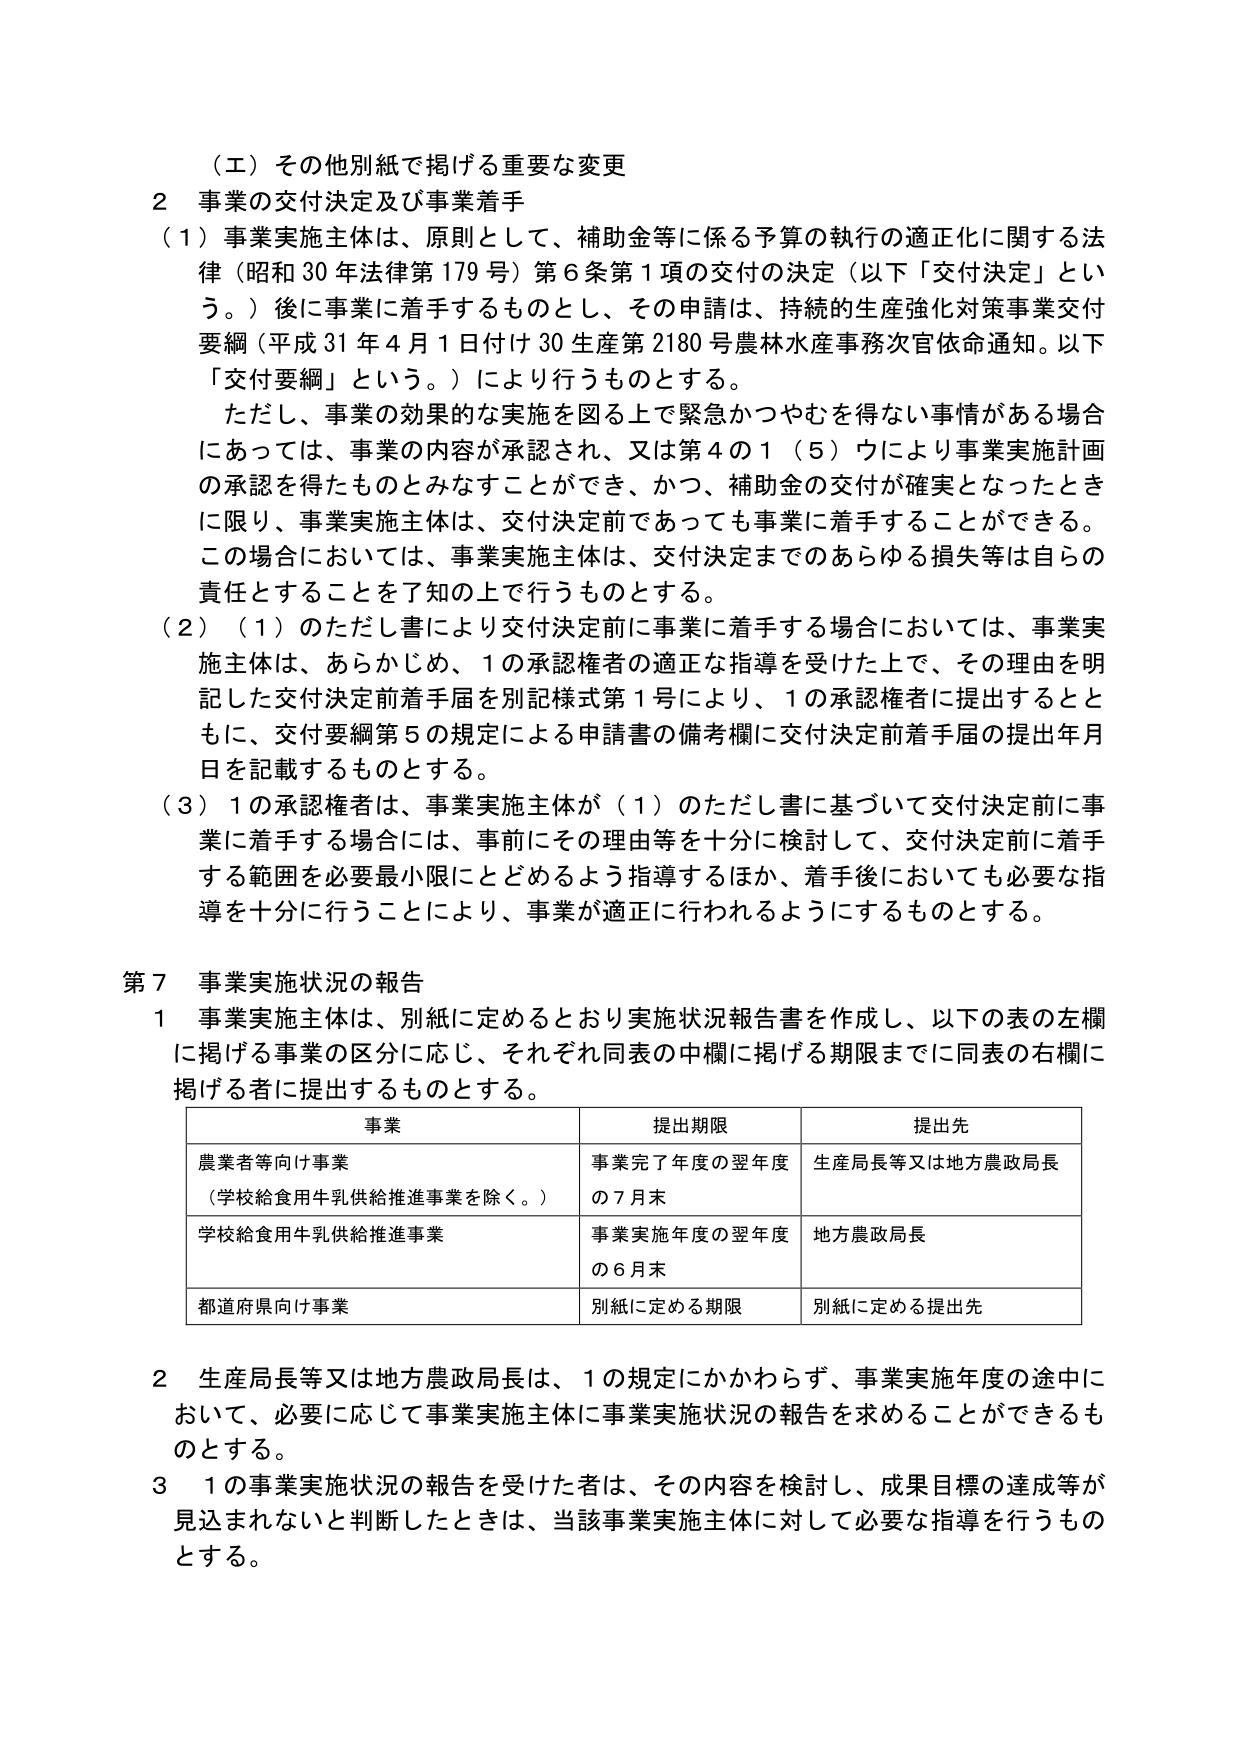
（エ）その他別紙で掲げる重要な変更
２ 事業の交付決定及び事業着手
（１）事業実施主体は、原則として、補助金等に係る予算の執行の適正化に関する法律（昭和30年法律第179号）第6条第1項の交付の決定（以下「交付決定」という。）後に事業に着手するものとし、その申請は、持続的生産強化対策事業交付要綱（平成31年4月1日付け30生産第2180号農林水産事務次官依命通知。以下「交付要綱」という。）により行うものとする。
ただし、事業の効果的な実施を図る上で緊急かつやむを得ない事情がある場合にあっては、事業の内容が承認され、又は第4の1（5）ウにより事業実施計画の承認を得たものとみなすことができ、かつ、補助金の交付が確実となったときに限り、事業実施主体は、交付決定前であっても事業に着手することができる。この場合においては、事業実施主体は、交付決定までのであらゆる損失等は自らの責任とすることを了知の上で行うものとする。
（２）（１）のただし書により交付決定前に事業に着手する場合においては、事業実施主体は、あらかじめ、1の承認権者の適正な指導を受けた上で、その理由を明記した交付決定前着手届を別記様式第1号により、1の承認権者に提出するとともに、交付要綱第5の規定による申請書の備考欄に交付決定前着手届の提出年月日を記載するものとする。
（３）1の承認権者は、事業実施主体が（１）のただし書に基づいて交付決定前に事業に着手する場合には、事前にその理由等を十分に検討して、交付決定前に着手する範囲を必要最小限にとどめるよう指導するほか、着手後においても必要な指導を十分に行うことにより、事業が適正に行われるようにするものとする。

第7 事業実施状況の報告
１ 事業実施主体は、別紙に定めるとおり実施状況報告書を作成し、以下の表の左欄に掲げる事業の区分に応じ、それぞれ同表の中欄に掲げる期限までに同表の右欄に掲げる者に提出するものとする。

| 事業 | 提出期限 | 提出先 |
|---|---|---|
| 農業者等向け事業（学校給食用牛乳供給推進事業を除く。） | 事業完了年度の翌年度の7月末 | 生産局長等又は地方農政局長 |
| 学校給食用牛乳供給推進事業 | 事業実施年度の翌年度の6月末 | 地方農政局長 |
| 都道府県向け事業 | 別紙に定める期限 | 別紙に定める提出先 |

２ 生産局長等又は地方農政局長は、1の規定にかかわらず、事業実施年度の途中において、必要に応じて事業実施主体に事業実施状況の報告を求めることができるも のとする。
３ 1の事業実施状況の報告を受けた者は、その内容を検討し、成果目標の達成等が見込まれないと判断したときは、当該事業実施主体に対して必要な指導を行うものとする。